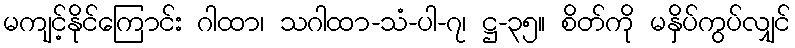
မကျင့်နိုင်ကြောင်း ဂါထာ၊ သဂါထာ-သံ-ပါ-၇၊ ဋ္ဌ-၃၅။ စိတ်ကို မနှိပ်ကွပ်လျှင်